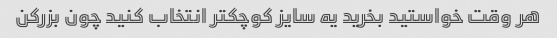
هر وقت خواستید بخرید یه سایز کوچکتر انتخاب کنید چون بزرکن